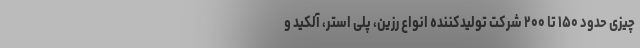
چیزی حدود ۱۵۰ تا ۲۰۰ شرکت تولیدکننده انواع رزین، پلی استر، آلکید و